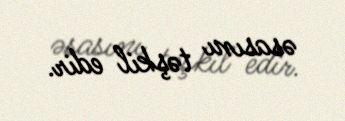
əsasını təşkil edir.